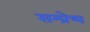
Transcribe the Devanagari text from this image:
सम्प्रेष्य